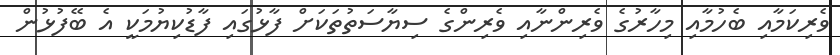
ވެރިކަމާއި ބެހުމާއި މިހާރުގެ ވެރިންނާއި ވެރިންގެ ސިޔާސަތުތަަކަށް ފާޅުގައި ފާޑުކިޔުމަކީ އެ ބޭފުޅުން